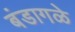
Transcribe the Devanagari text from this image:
बंडागळे